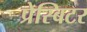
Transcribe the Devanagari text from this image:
प्रेस्बिटर